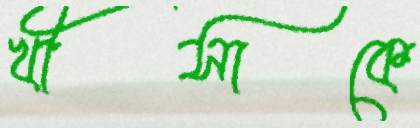
খীসাকে